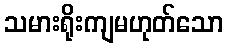
သမားရိုးကျမဟုတ်သော